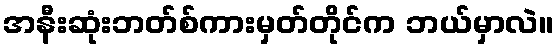
အနီးဆုံးဘတ်စ်ကားမှတ်တိုင်က ဘယ်မှာလဲ။